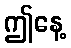
ဤနေ့